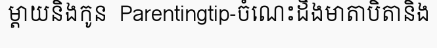
ម្តាយនិងកូន  Parentingtip-ចំណេះដឹងមាតាបិតានិង